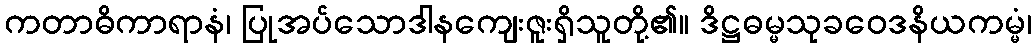
ကတာဓိကာရာနံ၊ ပြုအပ်သောဒါနကျေးဇူးရှိသူတို့၏။ ဒိဋ္ဌဓမ္မသုခဝေဒနိယကမ္မံ၊